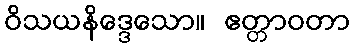
ဝိသယနိဒ္ဒေသော။ ဧတ္တာဝတာ